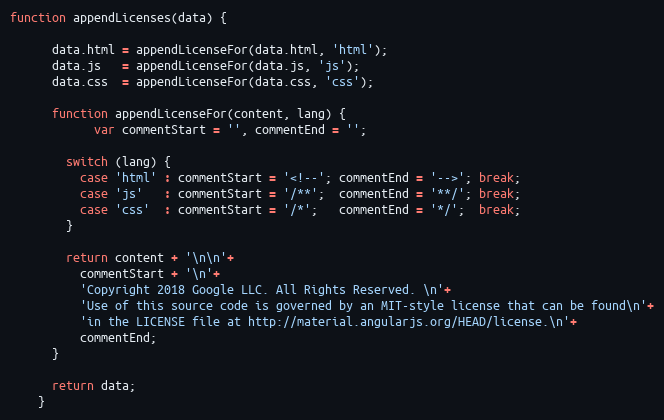
Language: JavaScript
function appendLicenses(data) {

      data.html = appendLicenseFor(data.html, 'html');
      data.js   = appendLicenseFor(data.js, 'js');
      data.css  = appendLicenseFor(data.css, 'css');

      function appendLicenseFor(content, lang) {
            var commentStart = '', commentEnd = '';

        switch (lang) {
          case 'html' : commentStart = '<!--'; commentEnd = '-->'; break;
          case 'js'   : commentStart = '/**';  commentEnd = '**/'; break;
          case 'css'  : commentStart = '/*';   commentEnd = '*/';  break;
        }

        return content + '\n\n'+
          commentStart + '\n'+
          'Copyright 2018 Google LLC. All Rights Reserved. \n'+
          'Use of this source code is governed by an MIT-style license that can be found\n'+
          'in the LICENSE file at http://material.angularjs.org/HEAD/license.\n'+
          commentEnd;
      }

      return data;
    }